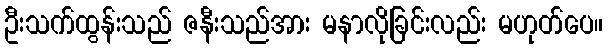
ဦးသက်ထွန်းသည် ဇနီးသည်အား မနာလိုခြင်းလည်း မဟုတ်ပေ။